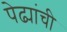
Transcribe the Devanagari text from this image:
पेढ्यांची